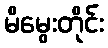
မိမွေးတိုင်း